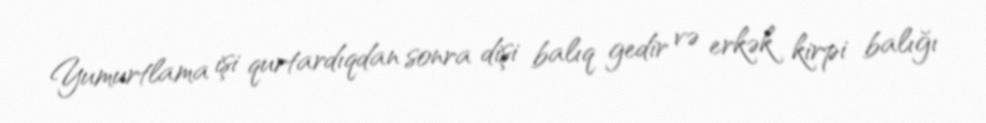
Yumurtlama işi qurtardıqdan sonra dişi balıq gedir və erkək kirpi balığı